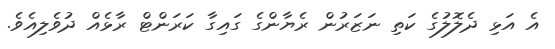
އެ އަޅި ދެލޮލުގެ ކަތި ނަޒަރުން ރެޔާންގެ ގައިގާ ކަރަންޓް ރާޅެއް ދުވެލިއެވެ.